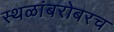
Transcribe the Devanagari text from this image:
स्थळांबरोबरच